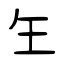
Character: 玍